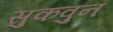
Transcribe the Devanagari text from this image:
सुकवुन